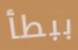
ببطأ